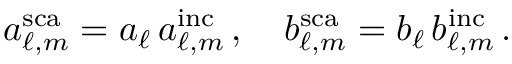
a _ { \ell , m } ^ { \mathrm { s c a } } = a _ { \ell } \, a _ { \ell , m } ^ { \mathrm { i n c } } \, , \quad b _ { \ell , m } ^ { \mathrm { s c a } } = b _ { \ell } \, b _ { \ell , m } ^ { \mathrm { i n c } } \, .